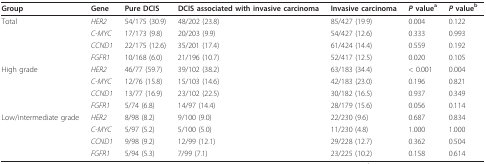
<table><thead><tr><td><b>Group</b></td><td><b>Gene</b></td><td><b>Pure DCIS</b></td><td><b>DCIS associated with invasive carcinoma</b></td><td><b>Invasive carcinoma</b></td><td><b><i>P </i>value<sup>a</sup></b></td><td><b><i>P </i>value<sup>b</sup></b></td></tr></thead><tbody><tr><td>Total</td><td><i>HER2</i></td><td>54/175 (30.9)</td><td>48/202 (23.8)</td><td>85/427 (19.9)</td><td>0.004</td><td>0.122</td></tr><tr><td></td><td><i>C-MYC</i></td><td>17/173 (9.8)</td><td>20/203 (9.9)</td><td>54/427 (12.6)</td><td>0.333</td><td>0.993</td></tr><tr><td></td><td><i>CCND1</i></td><td>22/175 (12.6)</td><td>35/201 (17.4)</td><td>61/424 (14.4)</td><td>0.559</td><td>0.192</td></tr><tr><td></td><td><i>FGFR1</i></td><td>10/168 (6.0)</td><td>21/196 (10.7)</td><td>52/417 (12.5)</td><td>0.020</td><td>0.105</td></tr><tr><td>High grade</td><td><i>HER2</i></td><td>46/77 (59.7)</td><td>39/102 (38.2)</td><td>63/183 (34.4)</td><td>&lt; 0.001</td><td>0.004</td></tr><tr><td></td><td><i>C-MYC</i></td><td>12/76 (15.8)</td><td>15/103 (14.6)</td><td>42/183 (23.0)</td><td>0.196</td><td>0.821</td></tr><tr><td></td><td><i>CCND1</i></td><td>13/77 (16.9)</td><td>23/102 (22.5)</td><td>30/182 (16.5)</td><td>0.937</td><td>0.349</td></tr><tr><td></td><td><i>FGFR1</i></td><td>5/74 (6.8)</td><td>14/97 (14.4)</td><td>28/179 (15.6)</td><td>0.056</td><td>0.114</td></tr><tr><td>Low/intermediate grade</td><td><i>HER2</i></td><td>8/98 (8.2)</td><td>9/100 (9.0)</td><td>22/230 (9.6)</td><td>0.687</td><td>0.834</td></tr><tr><td></td><td><i>C-MYC</i></td><td>5/97 (5.2)</td><td>5/100 (5.0)</td><td>11/230 (4.8)</td><td>1.000</td><td>1.000</td></tr><tr><td></td><td><i>CCND1</i></td><td>9/98 (9.2)</td><td>12/99 (12.1)</td><td>29/228 (12.7)</td><td>0.362</td><td>0.504</td></tr><tr><td></td><td><i>FGFR1</i></td><td>5/94 (5.3)</td><td>7/99 (7.1)</td><td>23/225 (10.2)</td><td>0.158</td><td>0.614</td></tr></tbody></table>